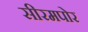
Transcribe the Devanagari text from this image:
सीरमपोर